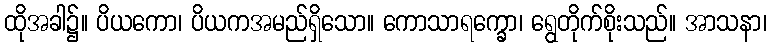
ထိုအခါ၌။ ပိယကော၊ ပိယကအမည်ရှိသော။ ကောသာရက္ခော၊ ရွေတိုက်စိုးသည်။ အာသနာ၊